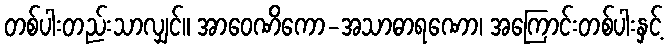
တစ်ပါးတည်းသာလျှင်။ အာဝေဏိကော-အသာဓာရဏော၊ အကြောင်းတစ်ပါးနှင့်